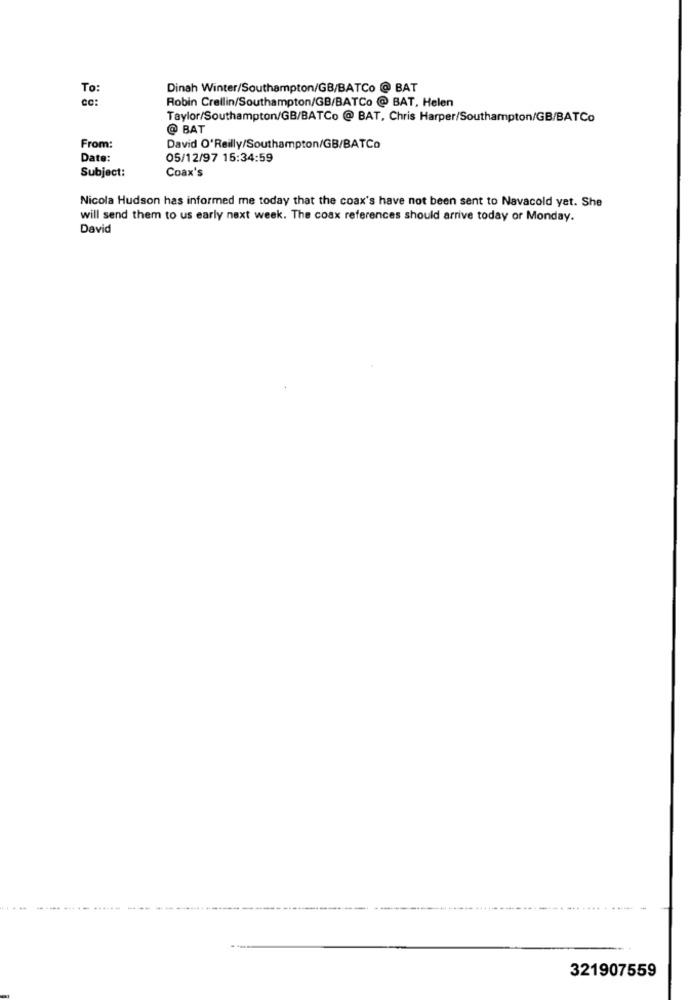
Dinah Winter/Southampton/GB/BATCo @ BAT
Robin Crellin/Southampton/GB/BATCo @ BAT, Helen
Taylor/Southampton/GB/BATCo @ BAT, Chris Harper/Southampton/GB/BATCo
@ BAT
From:
David O'Reilly/Southampton/GB/BATCo
Date:
05/12/97 15:34:59
Subject:
Coax's
Nicola Hudson has informed me today that the coax's have not been sent to Navacold yet. She
will send them to us early next week. The coax references should arrive today or Monday.
David
321907559